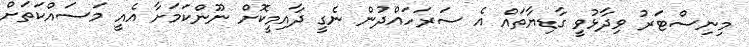
މިނިސްޓަރު ވިދާޅުވީ ގާޑިޔާތައް އެ ސަރަހައްދުން ނެގީ ދާއިމީކޮށް ނޫންކަމަށާ އެއީ މަސައްކަތަށް